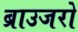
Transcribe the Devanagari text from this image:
ब्राउजरो